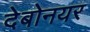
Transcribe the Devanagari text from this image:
देबोनयर